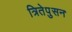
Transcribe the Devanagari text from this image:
त्रितेपुसन